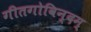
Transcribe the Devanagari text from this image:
गीतगोविन्दम्